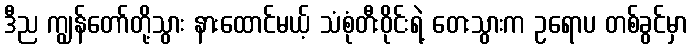
ဒီည ကျွန်တော်တို့သွား နားထောင်မယ့် သံစုံတီးဝိုင်းရဲ့ တေးသွားက ဥရောပ တစ်ခွင်မှာ